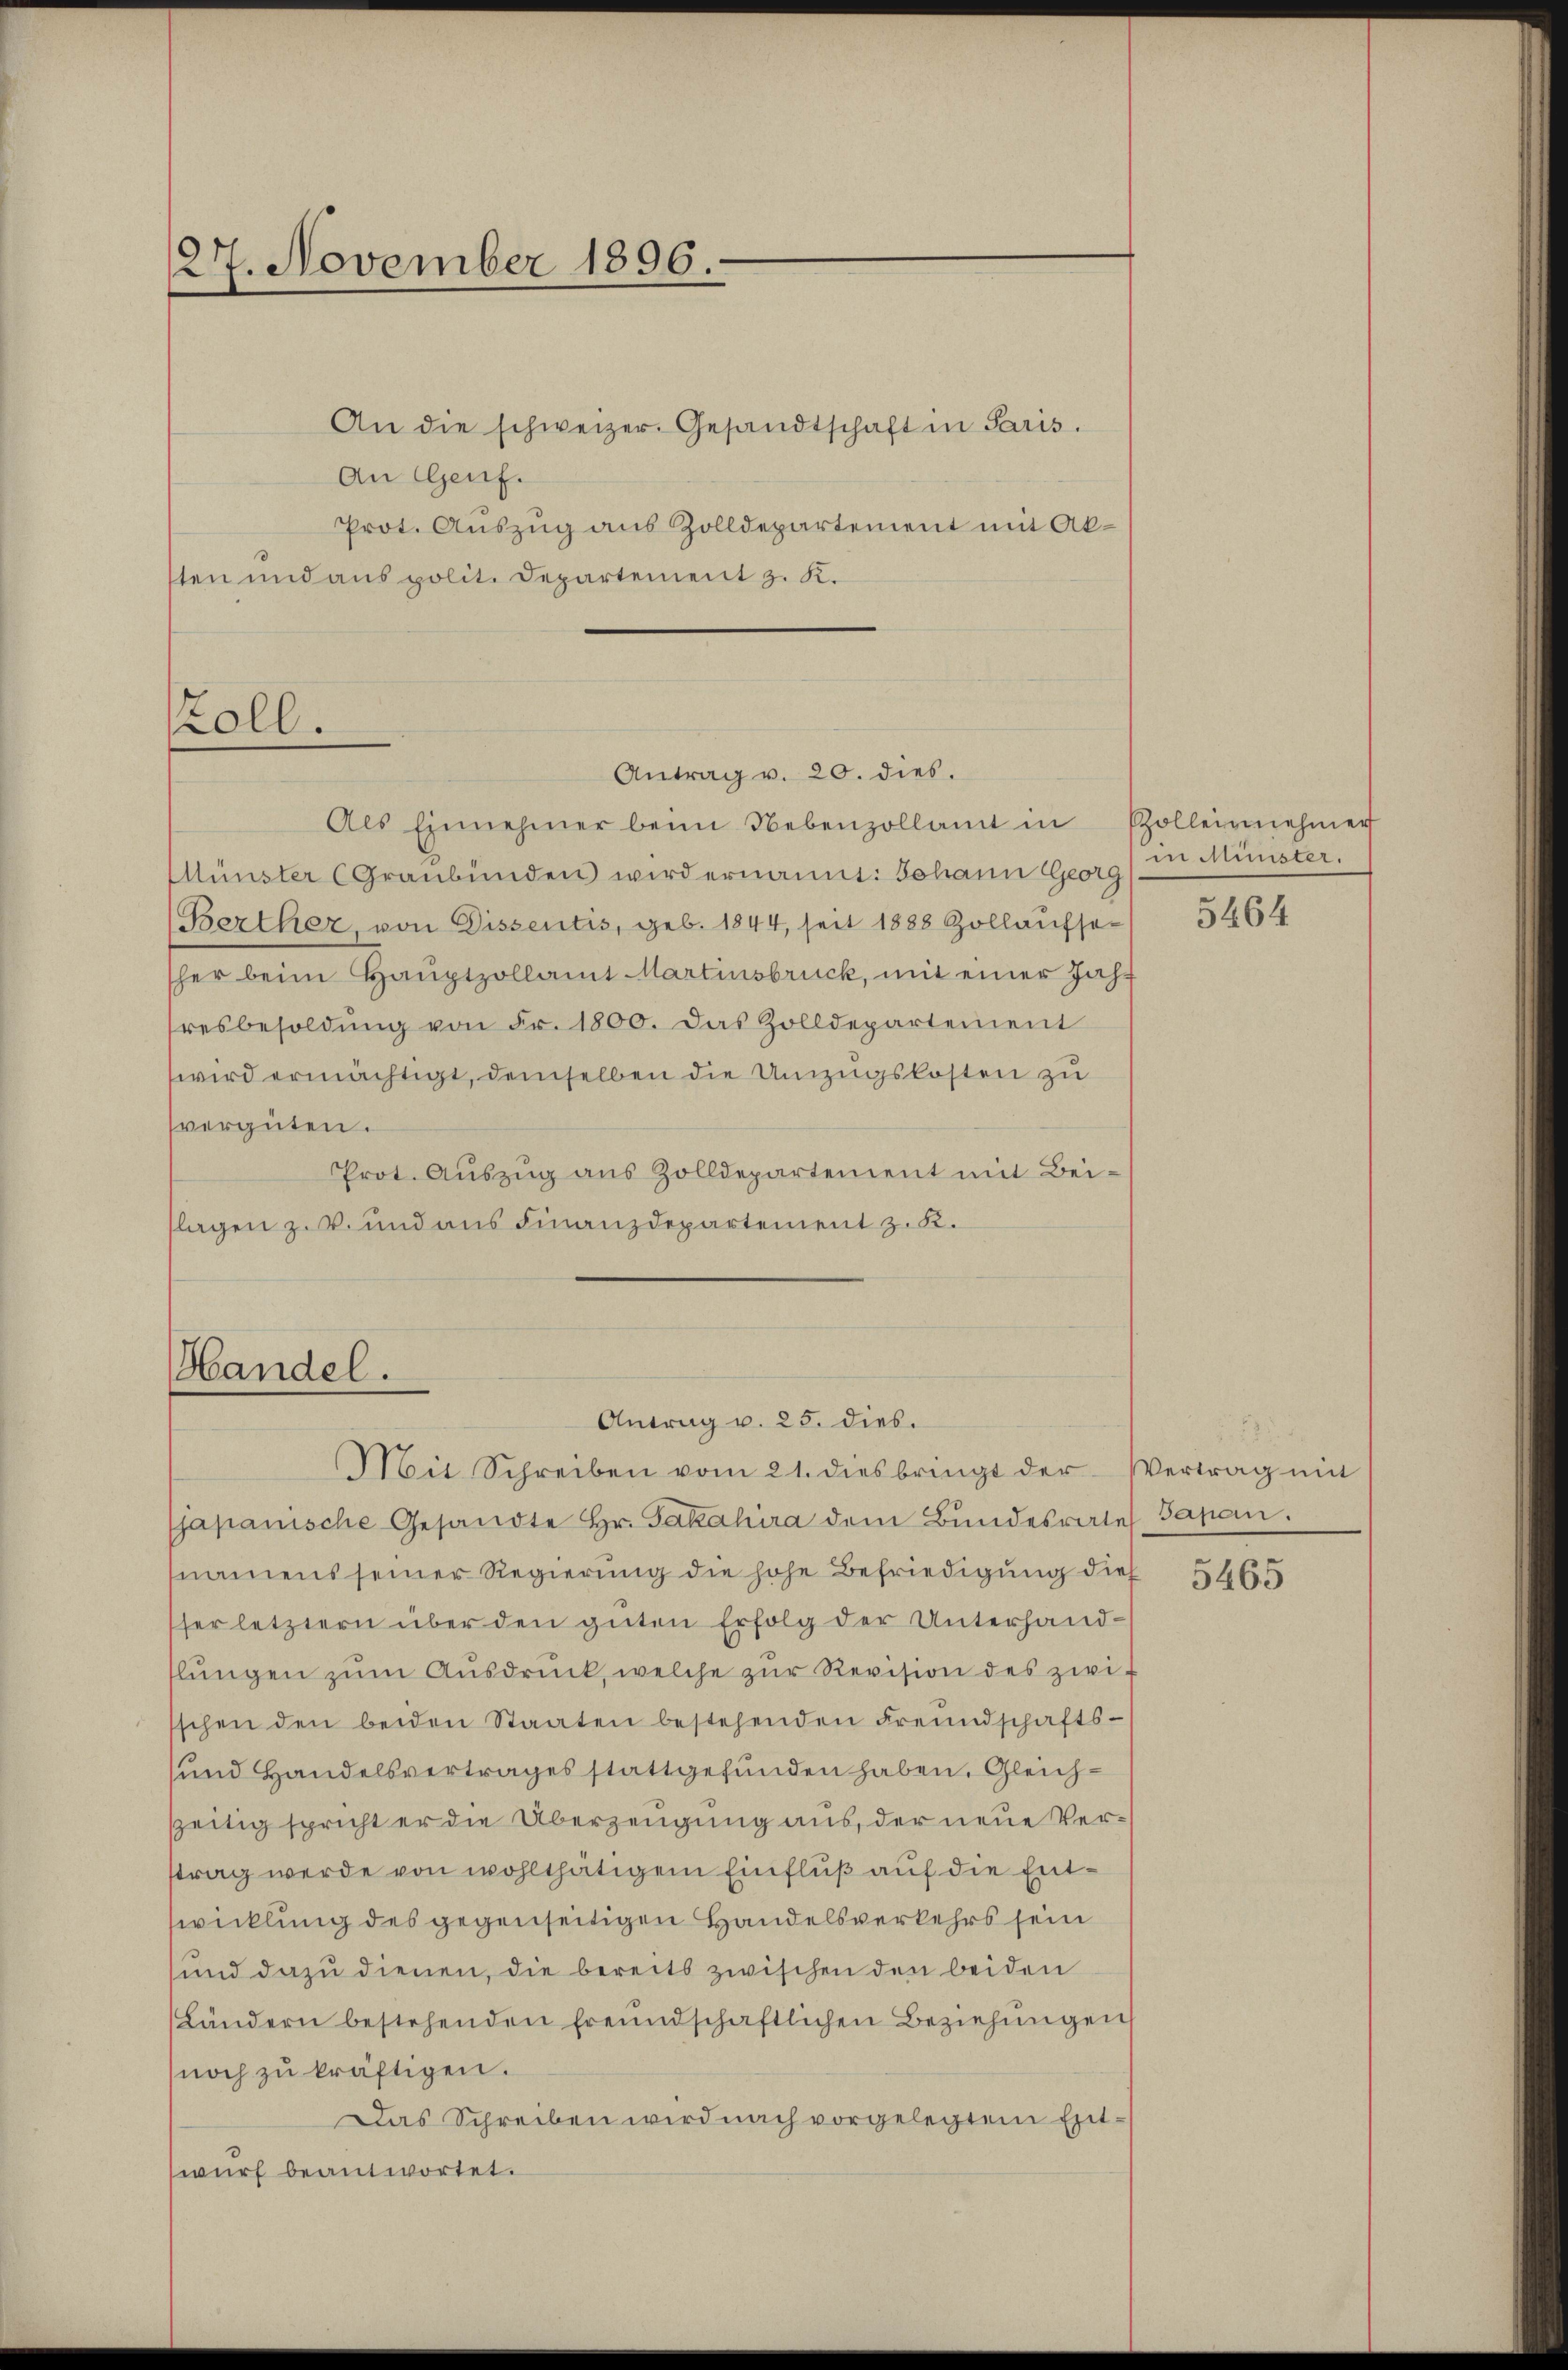
127. November 1896.

An Genf.
Prot. Auszug aus Zolldepartement mit Aksten und aus polit. Departement z. K.
oll.

An die schweizer. Gesandtschaft in Paris.

Münster (Graubünden wird ernannt: Johann Georg
(Berther, von Dissentis, geb. 1844, seit 1888 Zollaufse-
sher beim Hauptzollamt Martinsbruck, mit einer Jahresbesoldŭng von Fr. 1800. Das Zolldepartement
wird ermächtigt, demselben die Umzugskosten zu
vergüten.
Prot. Auszug aus Zolldepartement mit Bei-
flagen z. B. und aus Finanzdepartement z. B.

Antrag v. 20. dies.
Als Einnehmer beim Nebenzollamt in Zollegenehmer

Handel.
Antrag u. 25. dies.
Mit Schreiben vom 21. dies bringt der Vertrag mit

japanische Gesandte Hr. Jakahira dem Bundesrates Sapan.
namens seiner Regierung die hohe Befriedigung dies
ser letztern über den guten Erfolg der Unterhandflŭngen zŭm Aŭsdrŭck, welche zŭr Revision des zwi
sschen den beiden Staaten bestehenden Freundschafts-
und Handelsvertrages stattgefunden haben. Gleichzeitig spricht er die Überzeugung aus, der neue Verstrag werde von wohlthätigem Einfluß auf die Entwicklung des gegenseitigen Handelsverkehrs sein
sund dazu dienen, die bereits zwischen den beiden
(Ländern bestehenden freundschaftlichen Beziehungen
noch zu kräftigen.
Das Schreiben wird nach vorgelegtem Entwurf beantwortet.

in Münster.

5464

5465